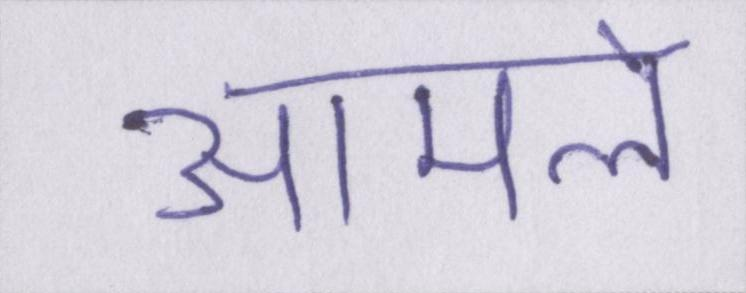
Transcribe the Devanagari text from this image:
आमले